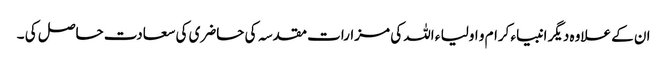
ان کے علاوہ دیگر انبیاء کرام و اولیا ء اللہ کی مزارات مقدسہ کی حاضری کی سعادت حاصل کی ۔